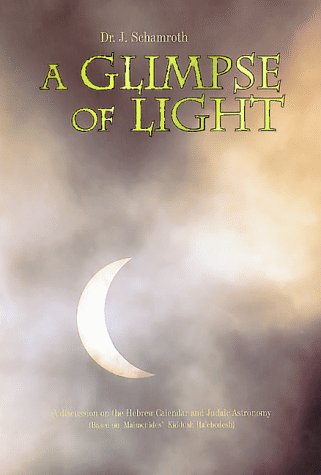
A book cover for A Glimpse of Light: A discussion on the Hebrew Calendar and Judaic Astronomy (Based on Maimonides' Kiddush Ha'chodesh); Julian Schamroth; Travel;